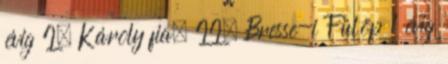
évig I. Károly fia. II. Bresse-i Fülöp 1 évig